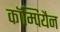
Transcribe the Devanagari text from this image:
कॉम्पियैन